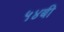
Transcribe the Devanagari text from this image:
५४बी